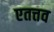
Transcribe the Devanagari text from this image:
एतत्तव